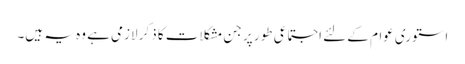
استوری عوام کے لئے اجتماعی طور پر جن مشکلات کا ذکر لازمی ہے وہ یہ ہیں۔